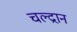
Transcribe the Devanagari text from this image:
चल्द्रान